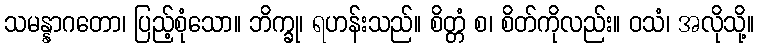
သမန္နာဂတော၊ ပြည့်စုံသော။ ဘိက္ခု၊ ရဟန်းသည်။ စိတ္တံ စ၊ စိတ်ကိုလည်း။ ဝသံ၊ အလိုသို့။